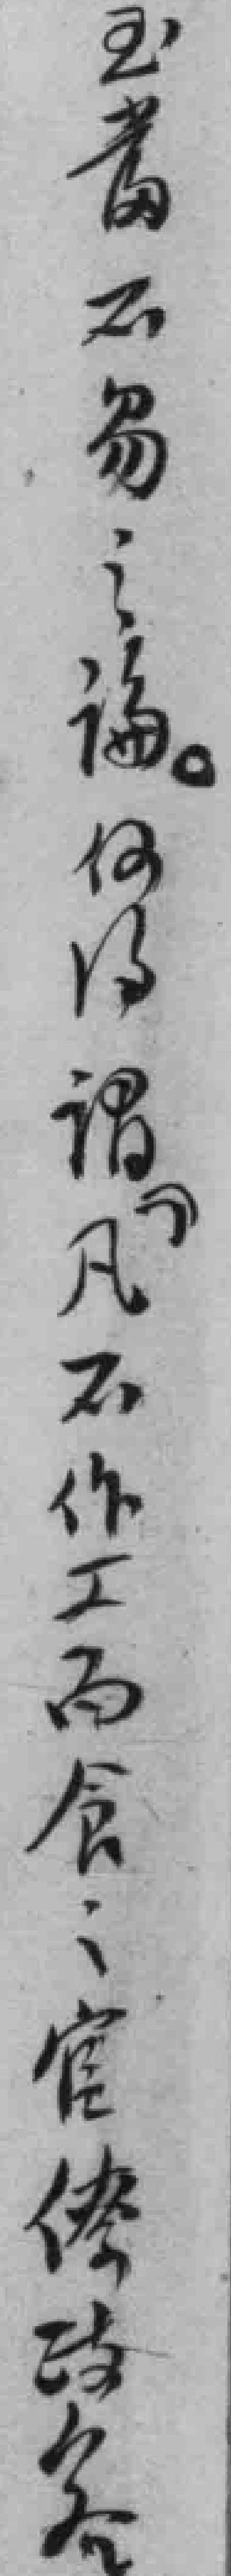
玉當不易之論。何*谓”凡不作工而食：官僚*